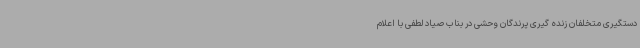
دستگیری متخلفان زنده گیری پرندگان وحشی در بناب صیاد لطفی با اعلام